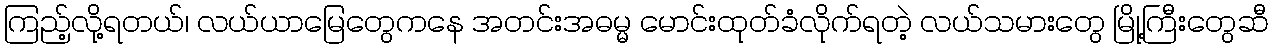
ကြည့်လို့ရတယ်၊ လယ်ယာမြေတွေကနေ အတင်းအဓမ္မ မောင်းထုတ်ခံလိုက်ရတဲ့ လယ်သမားတွေ မြို့ကြီးတွေဆီ